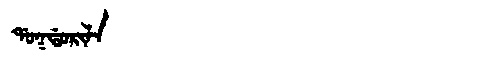
Manchu: ᡩᠣᡴᡩᠣᡵᡳᠯᠠ
Romanization: DOKDORILA